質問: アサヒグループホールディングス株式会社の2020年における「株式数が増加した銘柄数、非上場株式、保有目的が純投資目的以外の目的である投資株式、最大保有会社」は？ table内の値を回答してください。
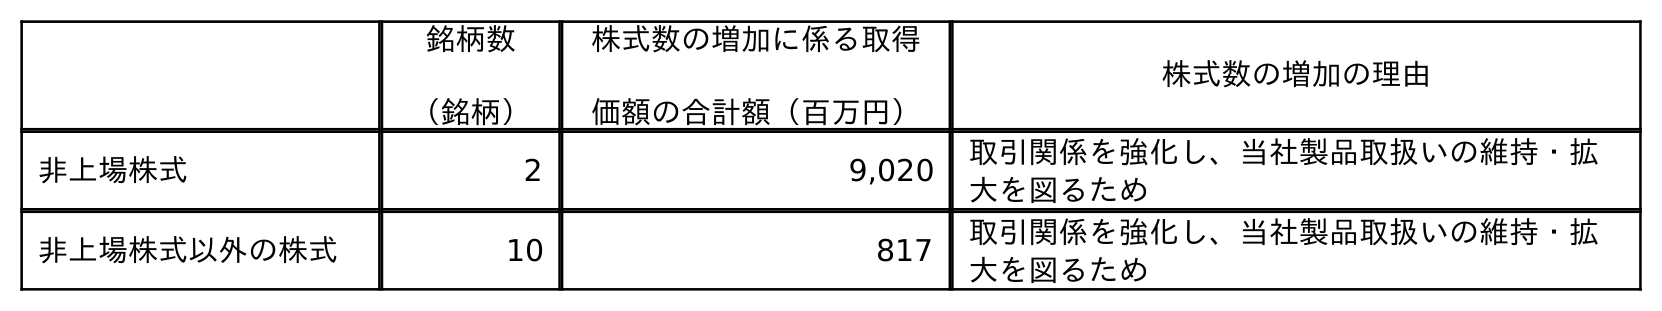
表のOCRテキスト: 銘柄数 （銘柄） 株式数の増加に係る取得 価額の合計額（百万円） 株式数の増加の理由 非上場株式 2 9,020 取引関係を強化し、当社製品取扱いの維持・拡 大を図るため 非上場株式以外の株式 10 817 取引関係を強化し、当社製品取扱いの維持・拡 大を図るため
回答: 2